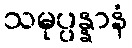
သမုပ္ပန္နာနံ